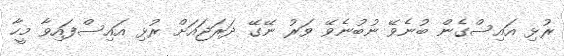
ރުޅި އައިސްގެން ބުނެވޭ ނުބުނެވޭ ވަރު ނޭގޭ ދަރަޖައަށް ރުޅި އައިސްފައިވާ މީހާ